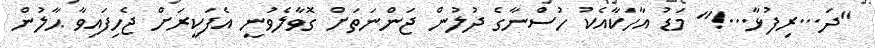
"ދަ...ރިފުޅާ...!" މަޑު އާހަކާއެކު ހުސްނާގެ ދުލުން ޖަންނަތަށް ގޮވާލެވުނީ އެފަކީރަށް ޖެހިފައިވާ ޙާލުން